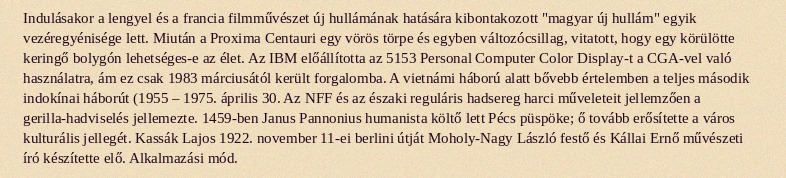
Indulásakor a lengyel és a francia filmművészet új hullámának hatására kibontakozott "magyar új hullám" egyik vezéregyénisége lett. Miután a Proxima Centauri egy vörös törpe és egyben változócsillag, vitatott, hogy egy körülötte keringő bolygón lehetséges-e az élet. Az IBM előállította az 5153 Personal Computer Color Display-t a CGA-vel való használatra, ám ez csak 1983 márciusától került forgalomba. A vietnámi háború alatt bővebb értelemben a teljes második indokínai háborút (1955 – 1975. április 30. Az NFF és az északi reguláris hadsereg harci műveleteit jellemzően a gerilla-hadviselés jellemezte. 1459-ben Janus Pannonius humanista költő lett Pécs püspöke; ő tovább erősítette a város kulturális jellegét. Kassák Lajos 1922. november 11-ei berlini útját Moholy-Nagy László festő és Kállai Ernő művészeti író készítette elő. Alkalmazási mód.